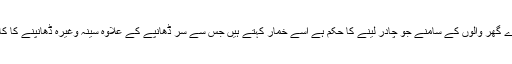
ایسی چادر کو گھروں میں تو لینے کا حکم نہیں کیونکہ گھروں میں دوسرے گھر والوں کے سامنے جو چادر لینے کا حکم ہے اسے خمار کہتے ہیں جس سے سر ڈھانپے کے علاوہ سینہ وغیرہ ڈھانپنے کا کام لیا جاتا ہے خمار کا ذکر پیچھے سورۃ النور کی آیت 31 میں آ چکا ہے۔